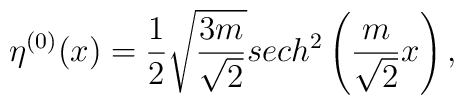
\eta^{(0)} (x)=\frac 12\sqrt{\frac{3m}{\sqrt{2}}}sech^{2}\left(\frac{m}{\sqrt 2}x \right),